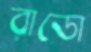
রাডো